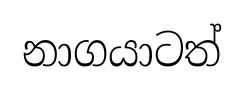
නාගයාටත්